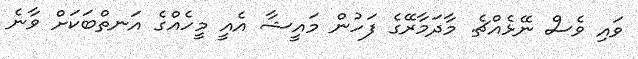
ވައި ވެސް ނޭޅެއްޗެ. މާދަމާރޭގެ ފަހުން މައީޝާ އެއީ މީހެއްގެ އަނތްބަކަށް ވާނެ